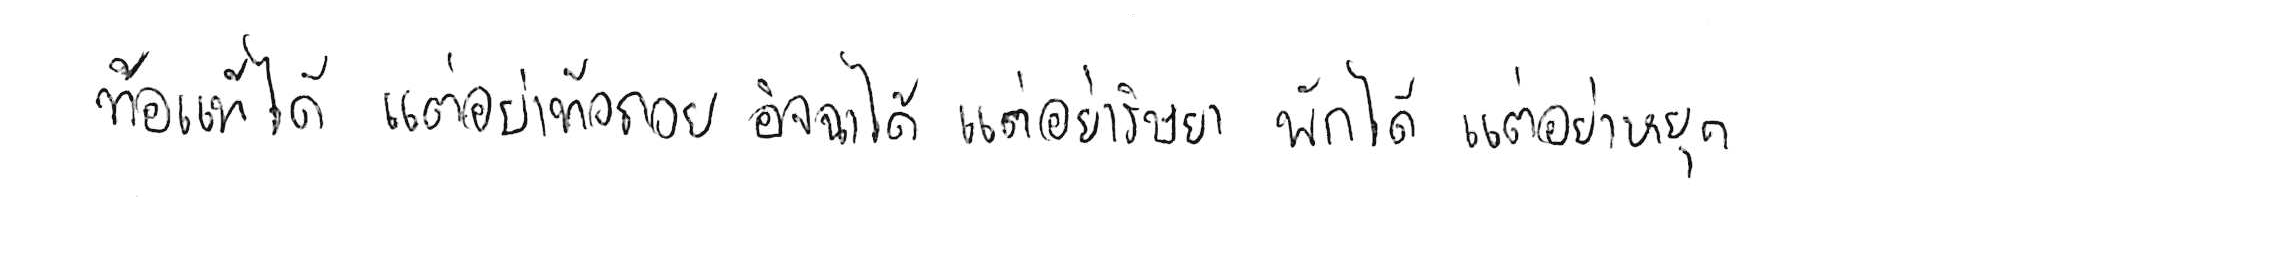
ท้อแท้ได้ แต่อย่าท้อถอย อิจฉาได้ แต่อย่าริษยา พักได้ แต่อย่าหยุด